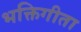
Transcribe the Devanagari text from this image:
भक्तिगीता